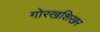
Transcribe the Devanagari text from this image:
गोरखशिखर